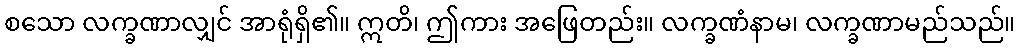
စသော လက္ခဏာလျှင် အာရုံရှိ၏။ ဣတိ၊ ဤကား အဖြေတည်း။ လက္ခဏံနာမ၊ လက္ခဏာမည်သည်။